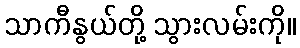
သာကီနွယ်တို့ သွားလမ်းကို။